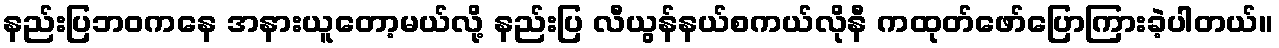
နည်းပြဘဝကနေ အနားယူတော့မယ်လို့ နည်းပြ လီယွန်နယ်စကယ်လိုနီ ကထုတ်ဖော်ပြောကြားခဲ့ပါတယ်။